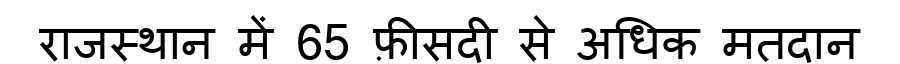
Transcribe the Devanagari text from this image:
राजस्थान में 65 फ़ीसदी से अधिक मतदान